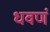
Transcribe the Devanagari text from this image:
धवणं